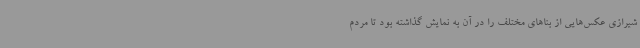
شیرازی عکس‌هایی از بناهای مختلف را در آن به نمایش گذاشته‌ بود تا مردم